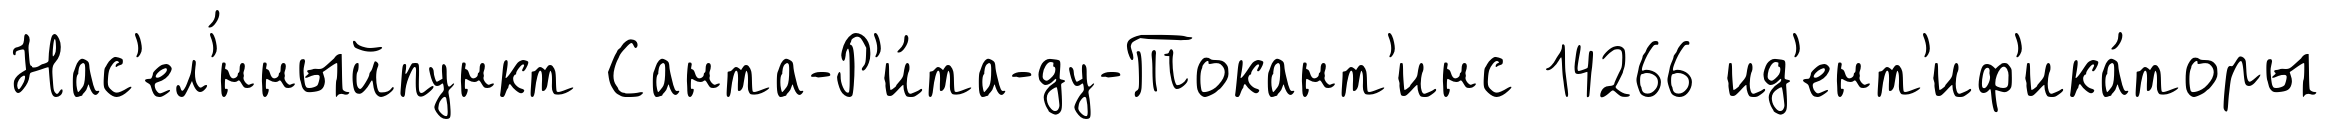
Нас'ел'́нныйпункт Санта-Р'и́та-ду-Токант'инс 14266 ид'ент'иф'ика́торы